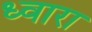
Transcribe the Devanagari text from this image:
ध्वारा